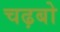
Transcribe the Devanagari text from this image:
चढ़बो